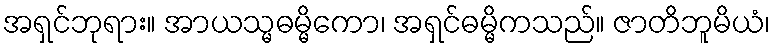
အရှင်ဘုရား။ အာယသ္မဓမ္မိကော၊ အရှင်ဓမ္မိကသည်။ ဇာတိဘူမိယံ၊